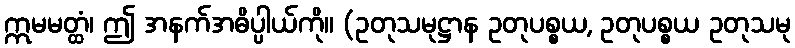
ဣမမတ္ထံ၊ ဤ အနက်အဓိပ္ပါယ်ကို။ (ဥတုသမုဋ္ဌာန ဥတုပစ္စယ, ဥတုပစ္စယ ဥတုသမု